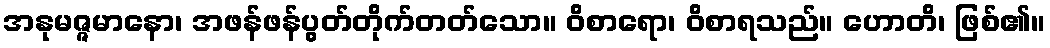
အနုမဇ္ဇမာနော၊ အဖန်ဖန်ပွတ်တိုက်တတ်သော။ ဝိစာရော၊ ဝိစာရသည်။ ဟောတိ၊ ဖြစ်၏။